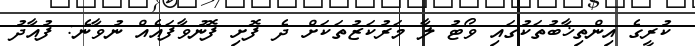
ކުރީގެ އިންތިޚާބުތަކުގައި ވޯޓު ލާ މަރުކަޒުތަކަށް ދެ ފޮށި ފޮނުވާފައެއް ނުވާނެ: ފުއާދު